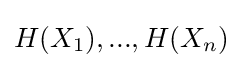
H(X_{1}),...,H(X_{n})